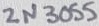
Text: 2N3055